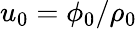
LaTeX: u_{0}=\phi_{0}/\rho_{0}